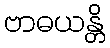
ဗာဓယန္တိ